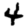
Digit: 4